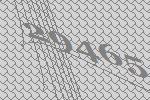
29465